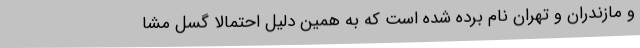
و مازندران و تهران نام برده شده است که به همین دلیل احتمالا گسل مشا